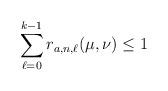
LaTeX: \begin{align*}\sum_{\ell=0}^{k-1} r_{a,n,\ell}(\mu,\nu)\leq 1\end{align*}